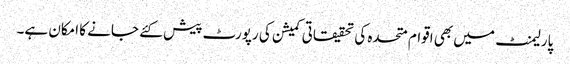
پارلیمنٹ میں بھی اقوام متحدہ کی تحقیقاتی کمیشن کی رپورٹ پیش کئے جانے کا امکان ہے۔